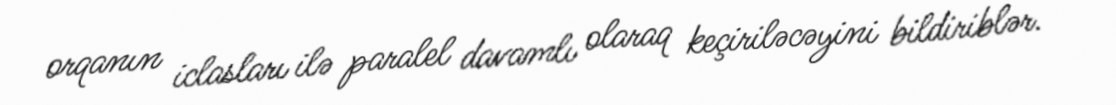
orqanın iclasları ilə paralel davamlı olaraq keçiriləcəyini bildiriblər.